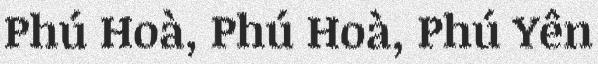
Phú Hoà, Phú Hoà, Phú Yên